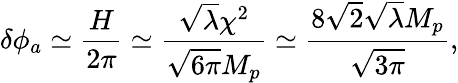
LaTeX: \delta\phi_{a}\simeq\frac{H}{2\pi}\simeq\frac{\sqrt{\lambda}\chi^{2}}{\sqrt{6\pi}M_{p}}\simeq\frac{8\sqrt{2}\sqrt{\lambda}M_{p}}{\sqrt{3\pi}},